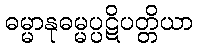
ဓမ္မာနုဓမ္မပ္ပဋိပတ္တိယာ